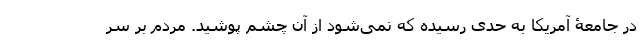
در جامعۀ آمریکا به حدی رسیده که نمی‌شود از آن چشم پوشید. مردم بر سر